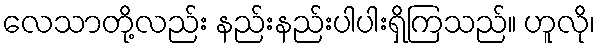
လေသာတို့လည်း နည်းနည်းပါပါးရှိကြသည်။ ဟူလို၊